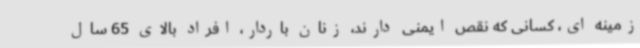
زمینه ای، کسانی که نقص ایمنی دارند، زنان باردار، افراد بالای 65 سال